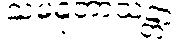
သမနုဘာသန္တာ